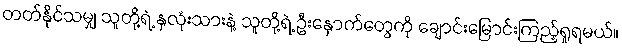
တတ်နိုင်သမျှ သူတို့ရဲ့ နှလုံးသားနဲ့ သူတို့ရဲ့ ဦးနှောက်တွေကို ချောင်းမြောင်းကြည့်ရှုရမယ်။